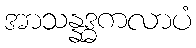
အာသန္နဒ္ဓကလာပံ